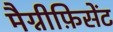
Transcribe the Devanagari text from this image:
मैग्नीफ़िसेंट